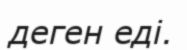
деген еді.